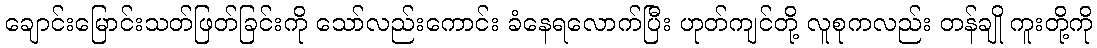
ချောင်းမြောင်းသတ်ဖြတ်ခြင်းကို သော်လည်းကောင်း ခံနေရလောက်ပြီး ဟုတ်ကျင်တို့ လူစုကလည်း တန်ချို ကူးတို့ကို